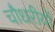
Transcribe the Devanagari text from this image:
चौधरीयों